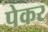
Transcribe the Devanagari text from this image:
पेकर